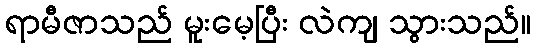
ရာမီဇာသည် မူးမေ့ပြီး လဲကျ သွားသည်။